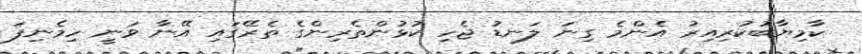
ކާމިޔާބުކުރިއިރު އެންމެ ގިނަ ލަނޑު ޖެހި ކުޅުންތެރިންގެ ތެރޭގައި އޭނާ ވަނީ ހިމެނިފަ